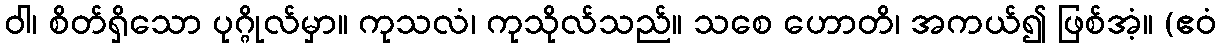
ဝါ၊ စိတ်ရှိသော ပုဂ္ဂိုလ်မှာ။ ကုသလံ၊ ကုသိုလ်သည်။ သစေ ဟောတိ၊ အကယ်၍ ဖြစ်အံ့။ (ဧဝံ